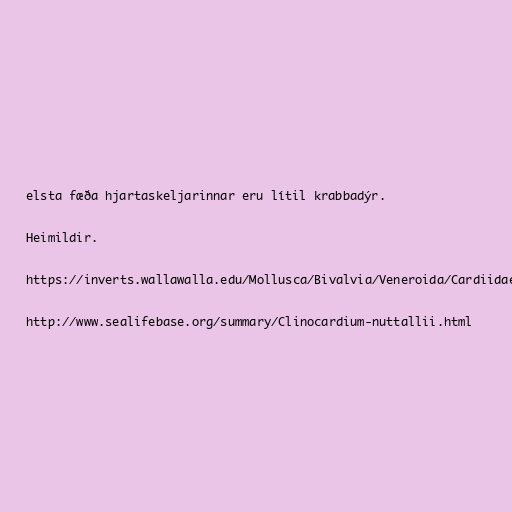
elsta fæða hjartaskeljarinnar eru lítil krabbadýr.

Heimildir.

https://inverts.wallawalla.edu/Mollusca/Bivalvia/Veneroida/Cardiidae/Clinocardium_nuttallii.html

http://www.sealifebase.org/summary/Clinocardium-nuttallii.html